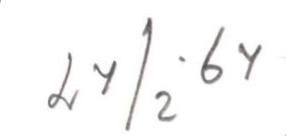
24/2 -64